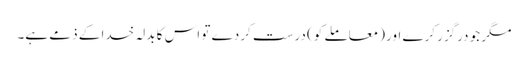
مگر جو درگزر کرے اور (معاملے کو) درست کردے تو اس کا بدلہ خدا کے ذمے ہے۔